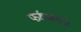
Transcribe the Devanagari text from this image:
फर्रुखनगर